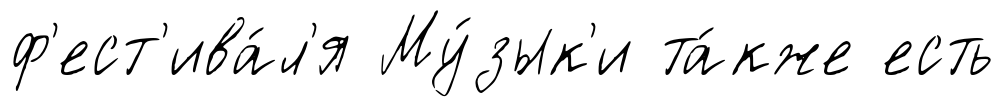
ф'ест'ива́л'я Му́зык'и та́кже есть